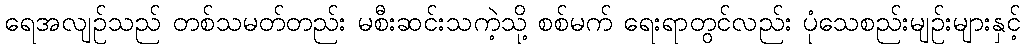
ရေအလျဉ်သည် တစ်သမတ်တည်း မစီးဆင်းသကဲ့သို့ စစ်မက် ရေးရာတွင်လည်း ပုံသေစည်းမျဉ်းများနှင့်